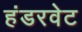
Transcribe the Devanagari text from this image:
हंडरवेट